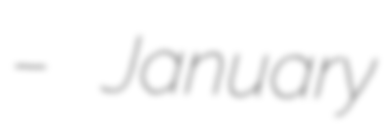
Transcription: – January